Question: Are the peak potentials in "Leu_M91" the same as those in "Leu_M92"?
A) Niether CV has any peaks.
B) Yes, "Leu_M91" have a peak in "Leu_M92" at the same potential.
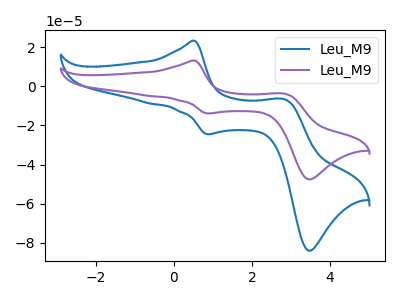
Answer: <think>The blue curve "Leu_M91" has anodic peaks at (0.55V, 23.25uA) (2.85V, -6.70uA) and cathodic peaks at (0.85V, -24.50uA) (3.45V, -83.95uA). The purple curve "Leu_M92" has anodic peaks at (0.55V, 13.15uA) (2.85V, -3.80uA) and cathodic peaks at (0.85V, -13.85uA) (3.45V, -47.55uA).</think>
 <answer>B) Yes, "Leu_M91" have a peak in "Leu_M92" at the same potential.</answer>
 <eval>B</eval>